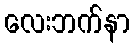
လေးဘက်နာ